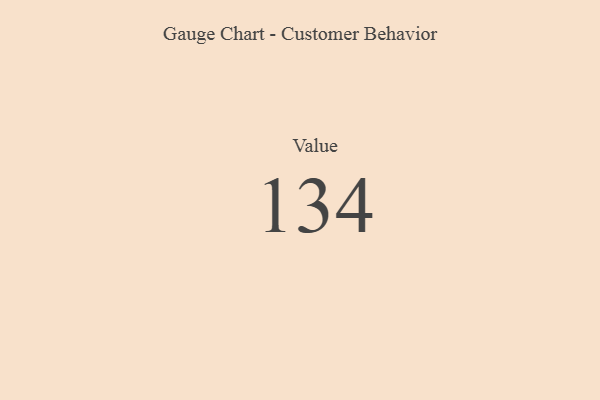
{"axis": {"x": "Metric", "y": "Value"}, "legend": [""], "data": [{"x": "Value", "y": 134, "type": ""}]}